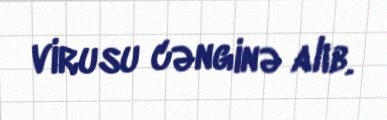
virusu cənginə alıb.